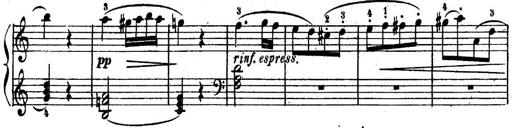
Title: 6 Piano Sonatinas
Composer: Cornelius Gurlitt